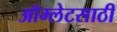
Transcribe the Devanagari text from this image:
ऑम्लेटसाठी